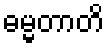
ဓမ္မတာတိ